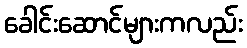
ခေါင်းဆောင်များကလည်း